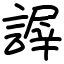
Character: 謘